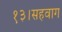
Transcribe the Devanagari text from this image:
१३।सहवाग